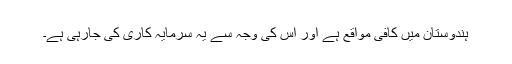
ہندوستان میں کافی مواقع ہے اور اس کی وجہ سے یہ سرمایہ کاری کی جارہی ہے۔